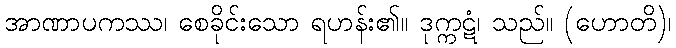
အာဏာပကဿ၊ စေခိုင်းသော ရဟန်း၏။ ဒုက္ကဋံ၊ သည်။ (ဟောတိ)၊